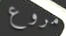
مروع